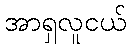
အာရှလူငယ်